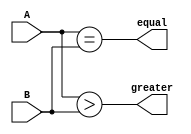
module comparator(
    input [15:0] A,
    input [15:0] B,
    output reg equal,
    output reg greater
);

assign equal = (A == B);
assign greater = (A > B);

endmodule